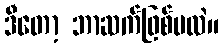
ဒီတော့ ဘာဆက်ဖြစ်မလဲ။